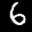
Label: 6